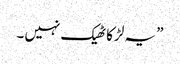
” یہ لڑکا ٹھیک نہیں ۔